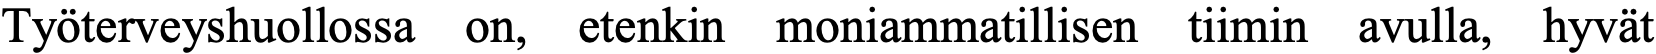
Työterveyshuollossa on, etenkin moniammatillisen tiimin avulla, hyvät